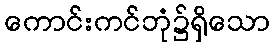
ကောင်းကင်ဘုံ၌ရှိသော